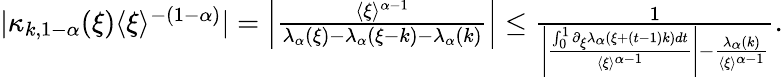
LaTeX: \begin{array}{r}{|\kappa_{k,1-\alpha}(\xi)\langle\xi\rangle^{-(1-\alpha)}|=\left|\frac{\langle\xi\rangle^{\alpha-1}}{\lambda_{\alpha}(\xi)-\lambda_{\alpha}({\xi-k})-\lambda_{\alpha}(k)}\right|\le\frac{1}{\left|\frac{\int_{0}^{1}\partial_{\xi}\lambda_{\alpha}(\xi+(t-1)k)dt}{\langle\xi\rangle^{\alpha-1}}\right|-\frac{\lambda_{\alpha}(k)}{\langle\xi\rangle^{\alpha-1}}}.}\end{array}